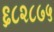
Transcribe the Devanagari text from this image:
६८२८७५